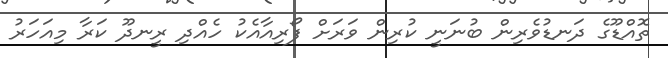
ތޮއްޑޫގެ ދަނޑުވެރިން ބުނަނީ ކުރިން ވަރަށް ފޯރިއާއެކު ހެއްދި ރީނދޫ ކަރާ މިއަހަރު